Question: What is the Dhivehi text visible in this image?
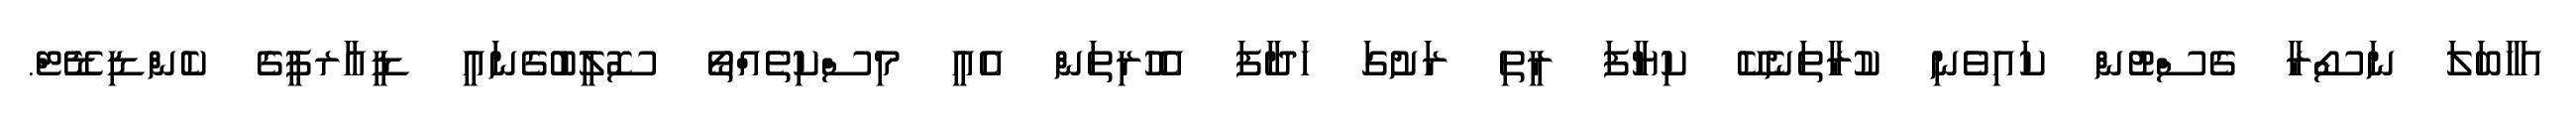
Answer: އަހާބަލަ ނަސޯރާ ގެސްޓުން ކައިވެނި ކުރާތަނެކޭ ކިޔާފަ ރީތި ރަށުގަ ހަދާފަ އެހުރިތަން އެއީ މިސްކިތެއްތޯ ސޮލީބުގެނައީ ޑީއާރޕީގެ ކެންޑިޑޭޓް.